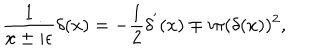
LaTeX: \frac { 1 } { x \pm i \epsilon } \delta ( x ) = - \frac { 1 } { 2 } \delta ^ { ' } ( x ) \mp i \pi ( \delta ( x ) ) ^ { 2 } ,